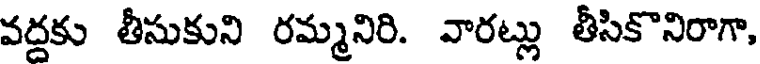
వద్దకు తీసుకుని రమ్మనిరి. వారట్లు తీసికొనిరాగా,